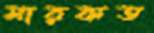
মারকত